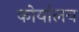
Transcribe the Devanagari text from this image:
कोर्यालय